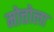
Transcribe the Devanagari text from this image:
मोत्तोला